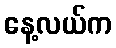
နေ့လယ်က